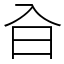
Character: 㒲